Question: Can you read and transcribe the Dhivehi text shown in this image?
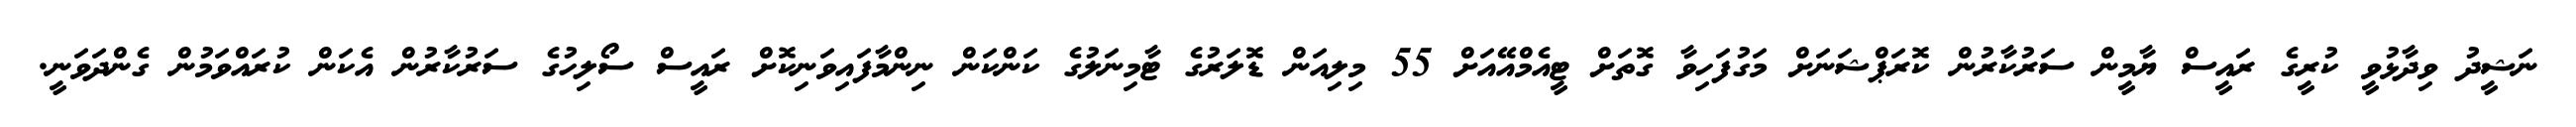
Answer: ނަޝީދު ވިދާޅުވީ ކުރީގެ ރައީސް ޔާމީން ސަރުކާރުން ކޮރަޕްޝަނަށް މަގުފަހިވާ ގޮތަށް ޓީއެމްއޭއަށް 55 މިލިއަން ޑޮލަރުގެ ޓާމިނަލުގެ ކަންކަން ނިންމާފައިވަނިކޮށް ރައީސް ސޯލިހުގެ ސަރުކާރުން އެކަން ކުރައްވަމުން ގެންދަވަނީ.